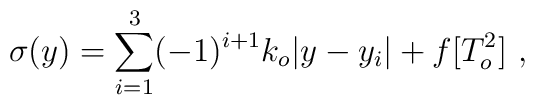
\sigma (y) = \sum_{i=1}^3 (-1)^{i+1} k_o |y-y_i| + f[T_o^2]~,~\,